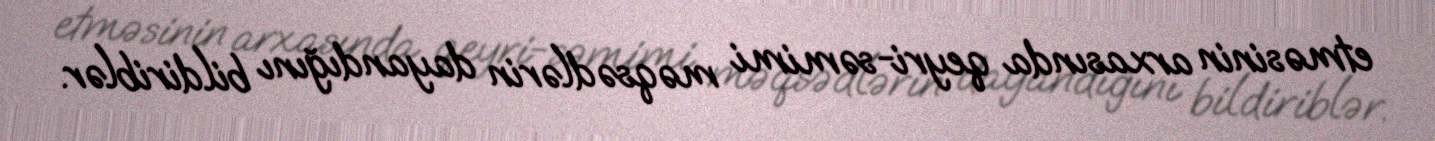
etməsinin arxasında qeyri-səmimi məqsədlərin dayandığını bildiriblər.